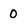
Character: 0